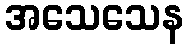
အသေသေန